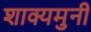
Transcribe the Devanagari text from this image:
शाक्यमुनी